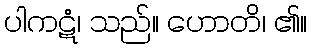
ပါကဋံ၊ သည်။ ဟောတိ၊ ၏။